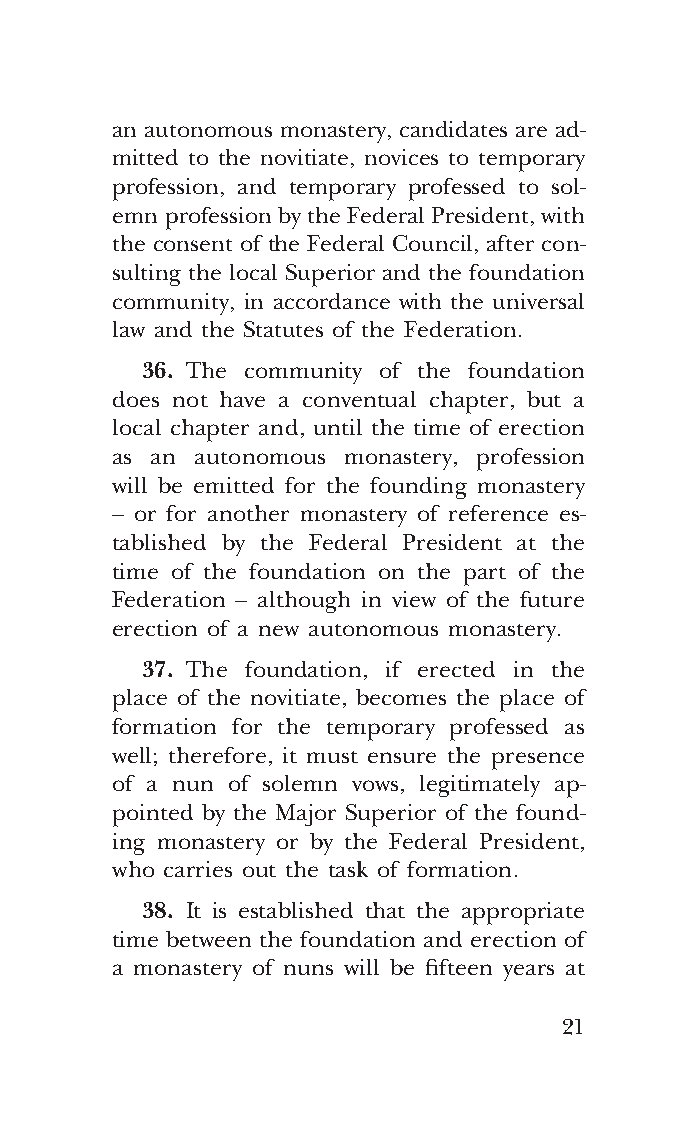
COR ORANS – NUOVO FORMATO – INGLESE 2ª BOZZA – 24 maggio 2018 – 11:12
 an autonomous monastery, candidates are ad-
 mitted to the novitiate, novices to temporary
 profession, and temporary professed to sol-
 emn profession by the Federal President, with
 the consent of the Federal Council, after con-
 sulting the local Superior and the foundation
 community, in accordance with the universal
 law and the Statutes of the Federation.
 36. The community of the foundation
 does not have a conventual chapter, but a
 local chapter and, until the time of erection
 as an autonomous monastery, profession
 will be emitted for the founding monastery
 – or for another monastery of reference es-
 tablished by the Federal President at the
 time of the foundation on the part of the
 Federation – although in view of the future
 erection of a new autonomous monastery.
 37. The foundation, if erected in the
 place of the novitiate, becomes the place of
 formation for the temporary professed as
 well; therefore, it must ensure the presence
 of a nun of solemn vows, legitimately ap-
 pointed by the Major Superior of the found-
 ing monastery or by the Federal President,
 who carries out the task of formation.
 38. It is established that the appropriate
 time between the foundation and erection of
 a monastery of nuns will be fifteen years at
 21